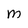
Character: M